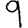
Digit: 9